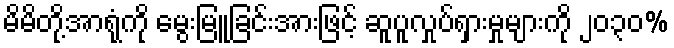
မိမိတို့အာရုံကို မွေးမြူခြင်းအားဖြင့် ဆူပူလှုပ်ရှားမှုများကို ၂၀၃၀%